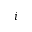
i